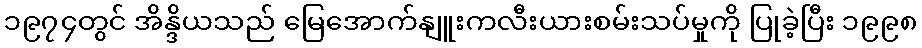
၁၉၇၄တွင် အိန္ဒိယသည် မြေအောက်နျူးကလီးယားစမ်းသပ်မှုကို ပြုခဲ့ပြီး ၁၉၉၈